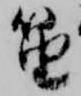
笛